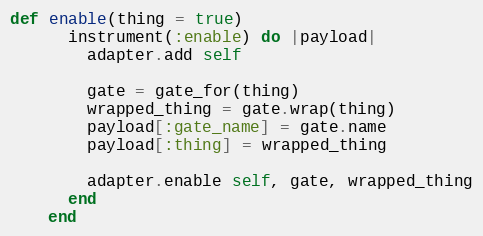
Language: Ruby
def enable(thing = true)
      instrument(:enable) do |payload|
        adapter.add self

        gate = gate_for(thing)
        wrapped_thing = gate.wrap(thing)
        payload[:gate_name] = gate.name
        payload[:thing] = wrapped_thing

        adapter.enable self, gate, wrapped_thing
      end
    end